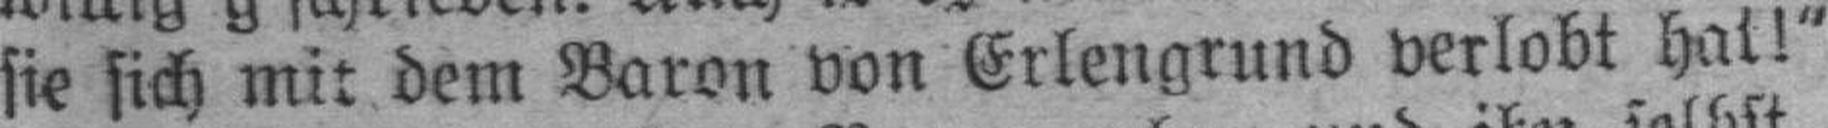
sie sich mit dem Baron von Erlengrund verlobt hat!“